Leaving Certificate Examination (including Day School Certificate (Higher) General paper), 1937
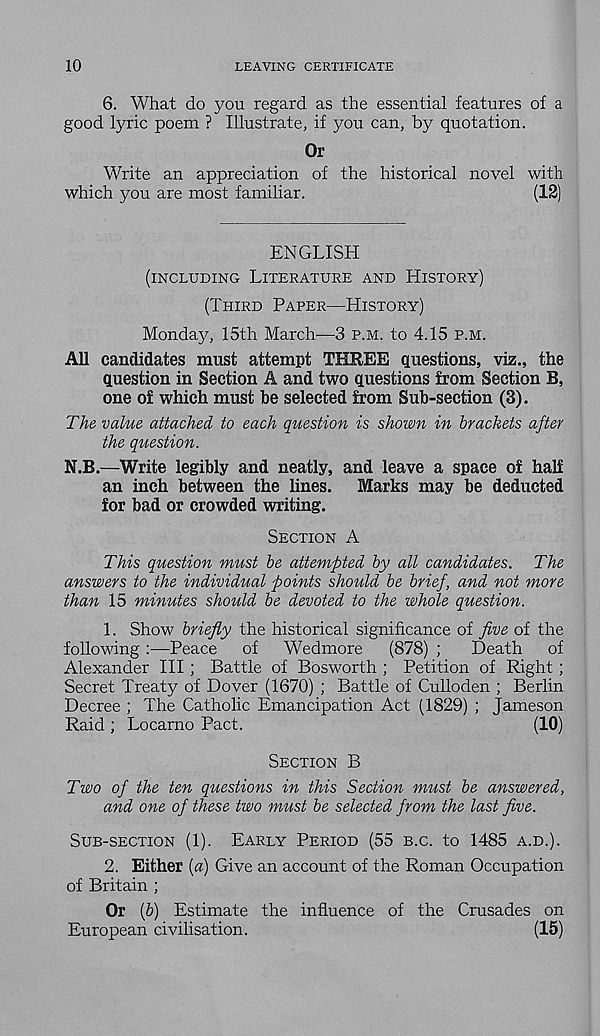
10
LEAVING CERTIFICATE
6. What do you regard as the essential features of a
good lyric poem ? Illustrate, if you can, by quotation.
Or
Write an appreciation of the historical novel with
which you are most familiar.
(12)
ENGLISH
(INCLUDING LITERATURE AND HISTORY)
(THIRD PAPER—HISTORY)
Monday, 15th March—3 P.M. to 4.15 P.M.
All candidates must attempt THREE questions, viz., the
question in Section A and two questions from Section B,
one of which must he selected from Sub-section (3).
The value attached to each question is shown in brackets after
the question.
N.B.—Write legibly and neatly, and leave a space of half
an inch between the lines. Marks may be deducted
for bad or crowded writing.
SECTION A
This question must be attempted by all candidates. The
answers to the individual points should be brief, and not more
than 15 minutes should be devoted to the whole question.
1. Show briefly the historical significance of five of the
following:—Peace of Wedmore (878) ;
Death of
Alexander III ; Battle of Bosworth ; Petition of Right;
Secret Treaty of Dover (1670) ; Battle of Culloden ; Berlin
Decree ; The Catholic Emancipation Act (1829) ; Jameson
Raid ; Locarno Pact.
(10)
SECTION B
Two of the ten questions in this Section must be answered,
and one of these two must be selected from the last five.
SUB-SECTION (1). EARLY PERIOD (55 B.C. to 1485 A.D.).
2. Either [a) Give an account of the Roman Occupation
of Britain ;
Or {b) Estimate the influence of the Crusades on
European civilisation.
(15)